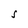
Character: S